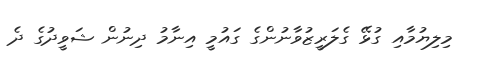
މިލިޔުމާއި ގުޅޭ ގެލަރީޒުވާނުންގެ ގައުމީ އިނާމު ދިނުން ޝަވީދުގެ ދެ